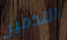
التدمير